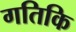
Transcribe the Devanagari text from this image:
गतिकि